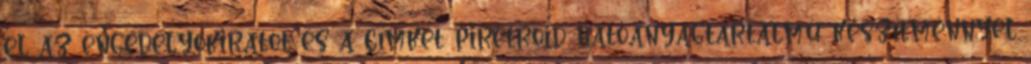
el az engedélyokiratot és a címkét piretroid hatóanyagtartalmú készítménnyel